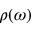
\rho ( \omega )